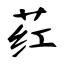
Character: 荭